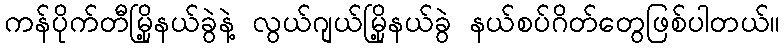
ကန်ပိုက်တီမြို့နယ်ခွဲနဲ့ လွယ်ဂျယ်မြို့နယ်ခွဲ နယ်စပ်ဂိတ်တွေဖြစ်ပါတယ်။